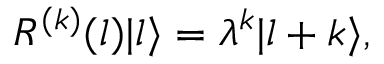
R ^ { ( k ) } ( l ) | l \rangle = \lambda ^ { k } | l + k \rangle ,